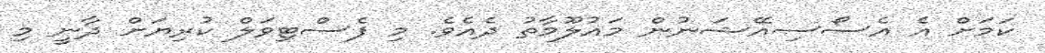
ކަމަށް އެ އެސޯސިއޭޝަނުން މައުލޫމާތު ދެއެވެ. މި ފެސްޓިވަލް ކުރިޔަށް ދާނީ މި